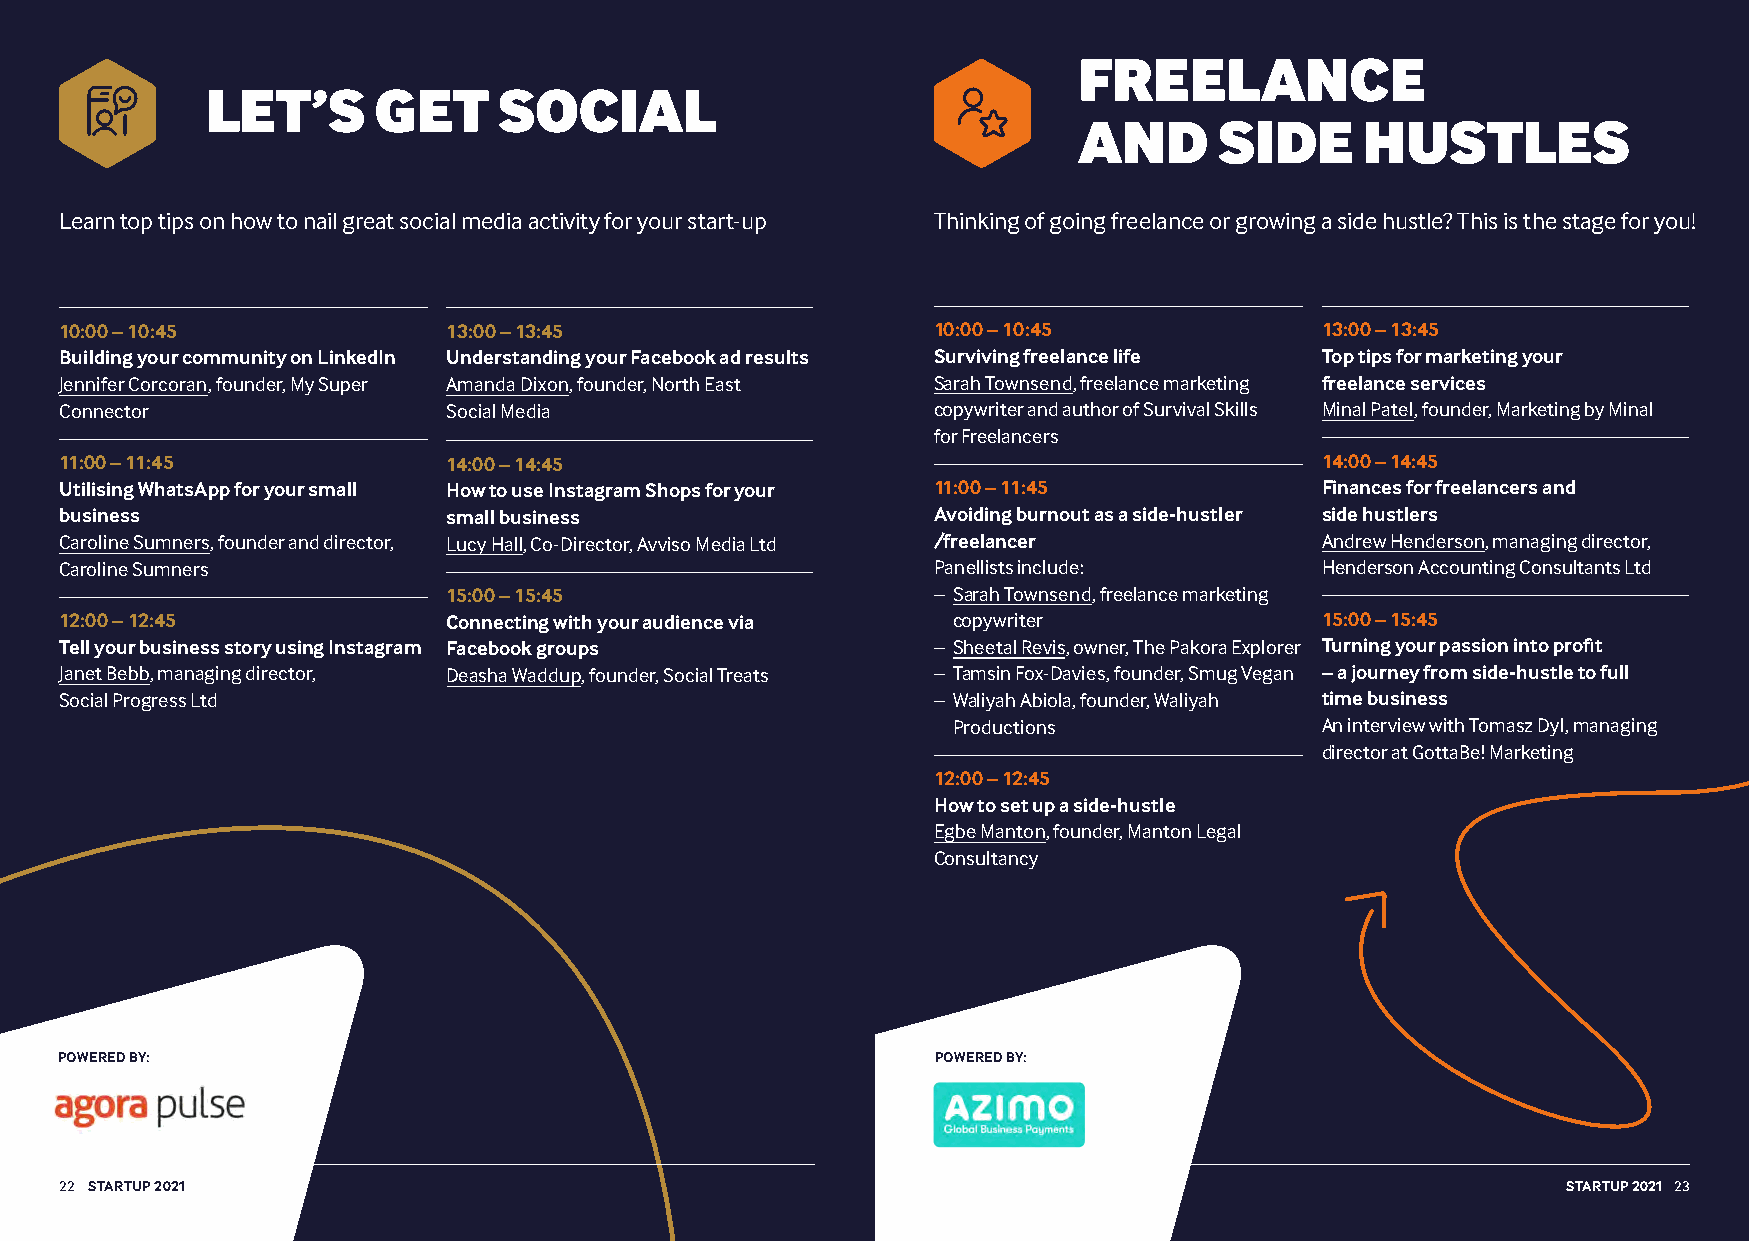
FREELANCE
 LET’S      GET     SOCIAL
 AND       SIDE     HUSTLES
 Learn top tips on how to nail great social media activity for your start-up Thinking of going freelance or growing a side hustle? This is the stage for you!
 10:00 – 10:45             13:00 – 13:45                   10:00 – 10:45            13:00 – 13:45
 Building your community on LinkedIn Understanding your Facebook ad results Surviving freelance life Top tips for marketing your
 Jennifer Corcoran, founder, My Super Amanda Dixon, founder, North East Sarah Townsend, freelance marketing freelance services
 Connector                 Social Media                    copywriter and author of Survival Skills Minal Patel, founder, Marketing by Minal
 for Freelancers
 11:00 – 11:45             14:00 – 14:45                                            14:00 – 14:45
 Utilising WhatsApp for your small How to use Instagram Shops for your 11:00 – 11:45 Finances for freelancers and
 business                  small business                  Avoiding burnout as a side-hustler side hustlers
 Caroline Sumners, founder and director, Lucy Hall, Co-Director, Avviso Media Ltd /freelancer Andrew Henderson, managing director,
 Caroline Sumners                                          Panellists include:      Henderson Accounting Consultants Ltd
 15:00 – 15:45                   – S arah Townsend, freelance marketing
 12:00 – 12:45             Connecting with your audience via copywriter             15:00 – 15:45
 Tell your business story using Instagram Facebook groups  – S heetal Revis, owner, The Pakora Explorer Turning your passion into profit
 Janet Bebb, managing director, Deasha Waddup, founder, Social Treats – T amsin Fox-Davies, founder, Smug Vegan – a journey from side-hustle to full
 Social Progress Ltd                                       – W aliyah Abiola, founder, Waliyah time business
 Productions             An interview with Tomasz Dyl, managing
 director at GottaBe! Marketing
 12:00 – 12:45
 How to set up a side-hustle
 Egbe Manton, founder, Manton Legal
 Consultancy
 POWERED BY:                                               POWERED BY:
 22 STARTUP 2021                                                                                     STARTUP 2021 23